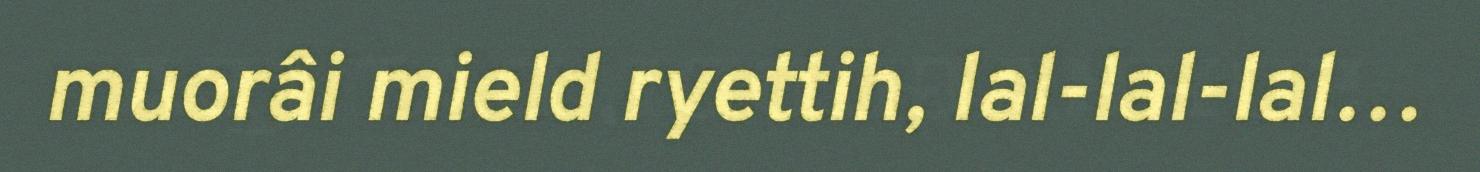
muorâi mield ryettih, lal-lal-lal…